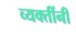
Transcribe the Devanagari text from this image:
व्यक्तींनीं